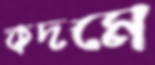
কদমে